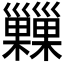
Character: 𢀌